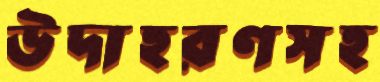
উদাহরণসহ